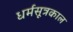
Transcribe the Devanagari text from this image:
धर्मसूत्रकाल